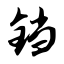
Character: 铛